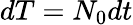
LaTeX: dT=N_{0}dt